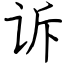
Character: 诉